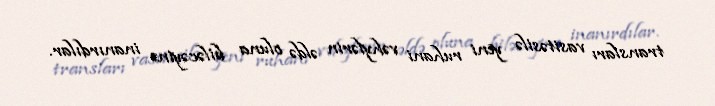
transları vasitəsilə yeni ruhani vəhylərin əldə oluna biləcəyinə inanırdılar.